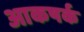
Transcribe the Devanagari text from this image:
आकषर्क